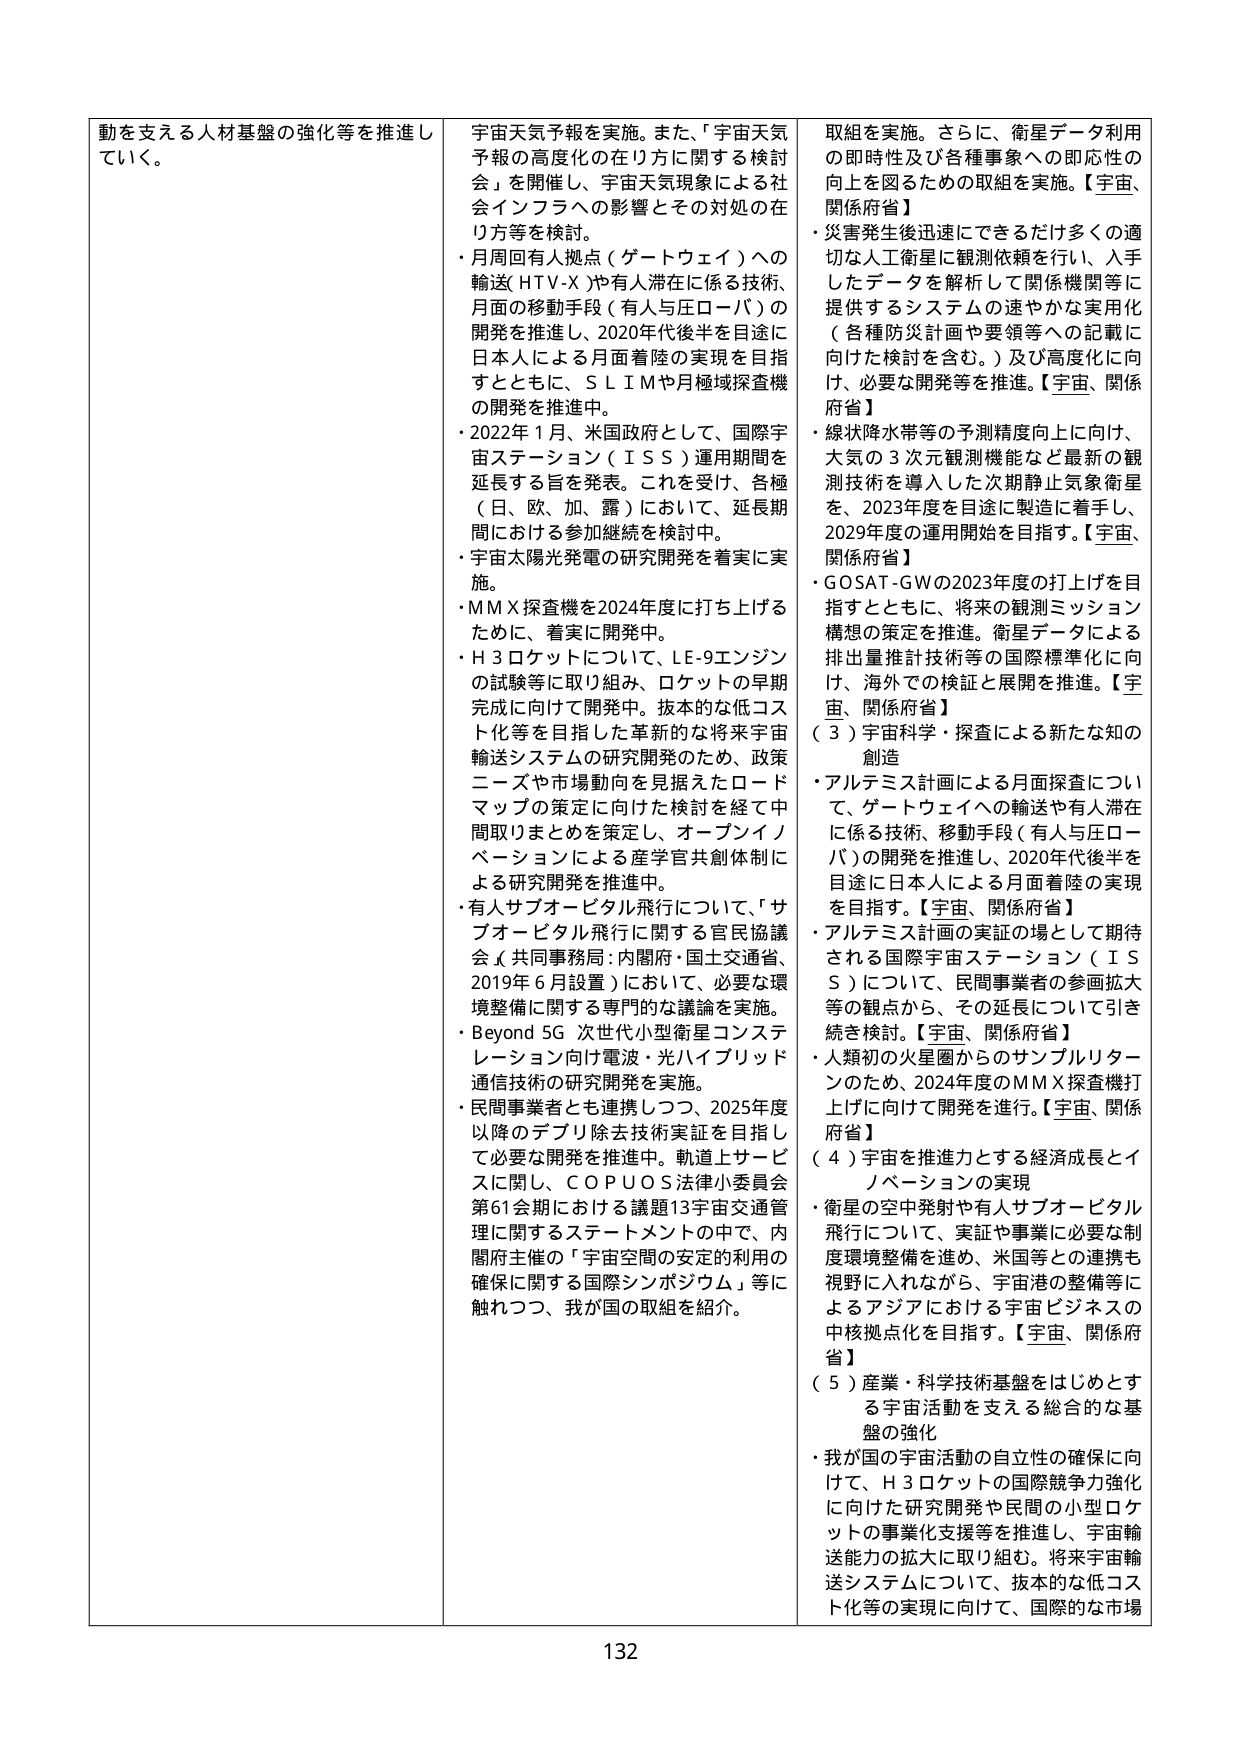
動を支える人材基盤の強化等を推進していく。

宇宙天気予報を実施。また、「宇宙天気予報の高度化の在り方に関する検討会」を開催し、宇宙天気現象による社会インフラへの影響とその対処の在り方等を検討。
・月周回有人拠点（ゲートウェイ）への輸送（HTV-X）や有人滞在に係る技術、月面の移動手段（有人与圧ローバ）の開発を推進し、2020年代後半を目途に日本人による月面着陸の実現を目指すとともに、SLIMや月極域探査機の開発を推進中。
・2022年1月、米国政府として、国際宇宙ステーション（ISS）運用期間を延長する旨を発表。これを受け、各極（日、欧、加、露）において、延長期間における参加継続を検討中。
・宇宙太陽光発電の研究開発を着実に実施。
・MMX探査機を2024年度に打ち上げるために、着実に開発中。
・H3ロケットについて、LE-9エンジンの試験等に取り組み、ロケットの早期完成に向けた開発中。抜本的な低コスト化等を目指した革新的な将来宇宙輸送システムの研究開発のため、政策ニーズや市場動向を見据えたロードマップの策定に向けた検討を経て中間取りまとめを策定し、オープンイノベーションによる産学官共創体制による研究開発を推進中。
・有人サブオービタル飛行について、「サブオービタル飛行に関する官民協議会（共同事務局：内閣府・国土交通省、2019年6月設置）において、必要な環境整備に関する専門的な議論を実施。
・Beyond 5G 次世代小型衛星コンステレーション向け電波・光ハイブリッド通信技術の研究開発を実施。
・民間事業者とも連携しつつ、2025年度以降のデブリ除去技術実証を目指して必要な開発を推進中。軌道上サービスに関し、COPUOS法律小委員会第61会期における議題13宇宙交通管理に関するステートメントの中で、内閣府主催の「宇宙空間の安定的利用の確保に関する国際シンポジウム」等に触れつつ、我が国の取組を紹介。

取組を実施。さらに、衛星データ利用の即時性及び各種事象への即応性の向上を図るための取組を実施。【宇宙、関係府省】
・災害発生後迅速にできるだけ多くの適切な人工衛星に観測依頼を行い、入手したデータを解析して関係機関等に提供するシステムの速やかな実用化（各種防災計画や要領等への記載に向けた検討を含む。）及び高度化に向け、必要な開発等を推進。【宇宙、関係府省】
・線状降水帯等の予測精度向上に向け、大気の3次元観測機能など最新の観測技術を導入した次期静止気象衛星を、2023年度を目途に製造を着手し、2029年度の運用開始を目指す。【宇宙、関係府省】
・GOSAT-GWの2023年度の打上げを目指すとともに、将来の観測ミッション構想の策定を推進。衛星データによる排出量推計技術等の国際標準化に向け、海外での検証と展開を推進。【宇宙、関係府省】
（3）宇宙科学・探査による新たな知の創造
・アルテミス計画による月面探査について、ゲートウェイへの輸送や有人滞在に係る技術、移動手段（有人与圧ローバ）の開発を推進し、2020年代後半を目途に日本人による月面着陸の実現を目指す。【宇宙、関係府省】
・アルテミス計画の実証の場として期待される国際宇宙ステーション（ISS）について、民間事業者の参画拡大等の観点から、その延長について引き続き検討。【宇宙、関係府省】
・人類初の火星圏からのサンプルリターンのため、2024年度のMMX探査機打上げに向けて開発を進行。【宇宙、関係府省】
（4）宇宙を推進力とする経済成長とイノベーションの実現
・衛星の空中発射や有人サブオービタル飛行について、実証や事業に必要な制度環境整備を進め、米国等との連携も視野に入れながら、宇宙港の整備等によるアジアにおける宇宙ビジネスの中核拠点化を目指す。【宇宙、関係府省】
（5）産業・科学技術基盤をはじめとする宇宙活動を支える総合的な基盤の強化
・我が国の宇宙活動の自立性の確保に向け、H3ロケットの国際競争力強化に向けた研究開発や民間の小型ロケットの事業化支援等を推進し、宇宙輸送能力の拡大に取り組む。将来宇宙輸送システムについて、抜本的な低コスト化等の実現に向け、国際的な市場

132